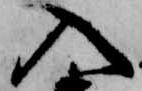
入